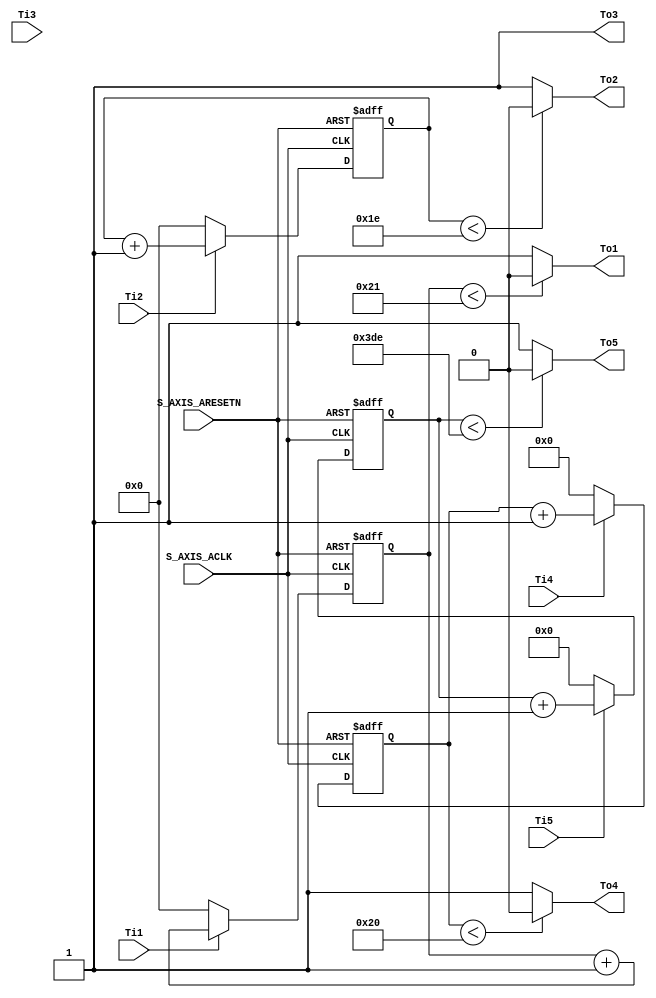
module Timer(
S_AXIS_ACLK,S_AXIS_ARESETN,Ti1,Ti2,Ti3,Ti4,Ti5,To1,To2,To3,To4,To5
);
	
    input  S_AXIS_ACLK;
    input  S_AXIS_ARESETN;
    input  Ti1,Ti2,Ti3,Ti4,Ti5;
    output To1,To2,To3,To4,To5;
    
    reg [7:0]  cnt1;
    reg [7:0]  cnt2;
    reg [7:0]  cnt3;
    reg [11:0] cnt4;
    reg [12:0] cnt5;
    
    //  5 
    always @(posedge S_AXIS_ACLK or negedge S_AXIS_ARESETN) begin
        if(!S_AXIS_ARESETN)
            cnt1 <= 0;
        else begin
            if(Ti1)
                cnt1 <= cnt1 + 1'b1;
            else 
                cnt1 <= 0;
        end
    end
    always @(posedge S_AXIS_ACLK or negedge S_AXIS_ARESETN) begin
        if(!S_AXIS_ARESETN)
            cnt2 <= 0;
        else begin
            if(Ti2)
                cnt2 <= cnt2 + 1'b1;
            else 
                cnt2 <= 0;
        end
    end
    always @(posedge S_AXIS_ACLK or negedge S_AXIS_ARESETN) begin
        if(!S_AXIS_ARESETN)
            cnt3 <= 0;
        else begin
            if(Ti3)
                cnt3 <= cnt3 + 1'b1;
            else 
                cnt3 <= 0;
        end
    end
    always @(posedge S_AXIS_ACLK or negedge S_AXIS_ARESETN) begin
        if(!S_AXIS_ARESETN)
            cnt4 <= 0;
        else begin
            if(Ti4)
                cnt4 <= cnt4 + 1'b1;
            else 
                cnt4 <= 0;
        end
    end
    always @(posedge S_AXIS_ACLK or negedge S_AXIS_ARESETN) begin
        if(!S_AXIS_ARESETN)
            cnt5 <= 0;
        else begin
            if(Ti5)
                cnt5 <= cnt5 + 1'b1;
            else 
                cnt5 <= 0;
        end
    end

    assign To1 = (cnt1 < 8'd33)? 0:1;
    assign To2 = (cnt2 < 8'd30)?  0:1;
    assign To3 = 1;
    assign To4 = (cnt4 < 12'd32)?  0:1;
    assign To5 = (cnt5 < 13'd990)? 0:1;
    
endmodule